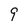
Character: 9